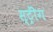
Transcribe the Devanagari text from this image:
स्ट्रींग